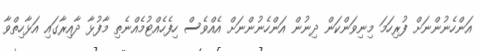
އަންހެނުންނަށް ފުރިހަމަ މިނިވަންކަން ދިނުން އަންހެނުންނަށް އެއްވެސް ހިފެހެއްޓުމެއްނެތި މާފުޅާ ދާއިރާގައި އަޅާހިތްވާ